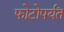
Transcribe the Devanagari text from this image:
फोटोपर्यंत